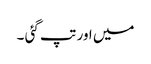
میں اور تپ گئی ۔